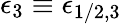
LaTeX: \epsilon_{3}\equiv\epsilon_{1/2,3}